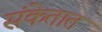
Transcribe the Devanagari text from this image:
संकेतात